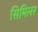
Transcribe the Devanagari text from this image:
सिमिलर